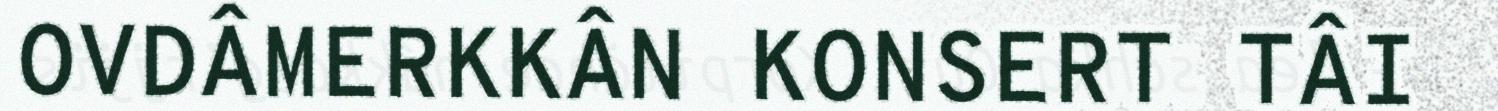
OVDÂMERKKÂN KONSERT TÂI